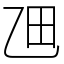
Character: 乪